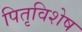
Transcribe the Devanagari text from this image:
पितृविशेष